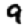
Digit: 9